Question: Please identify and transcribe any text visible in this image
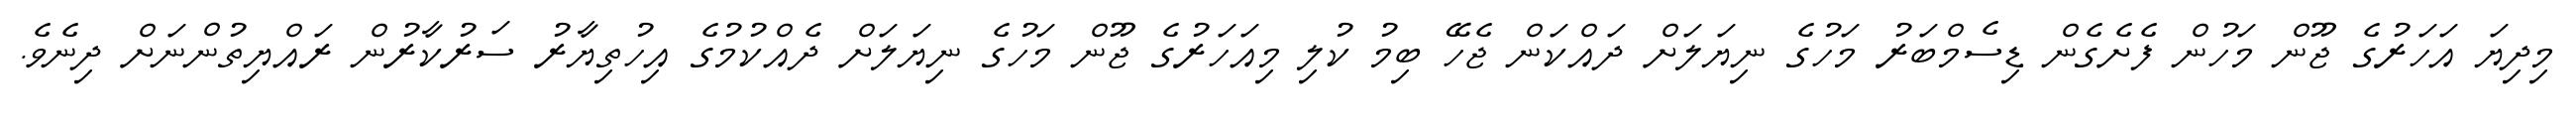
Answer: މިދިޔަ އަހަރުގެ ޖޫން މަހުން ފެށެގެން ޑިސެމްބަރު މަހުގެ ނިޔަލަށް ދައްކަން ޖެހޭ ބިމު ކުލި މިއަހަރުގެ ޖޫން މަހުގެ ނިޔަލަށް ދެއްކުމުގެ އިހުތިޔާރު ސަރުކާރުން ރައްޔިތުންނަށް ދިނެވެ.